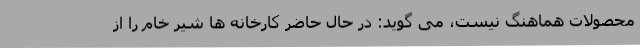
محصولات هماهنگ نیست، می گوید: در حال حاضر کارخانه ها شیر خام را از